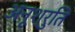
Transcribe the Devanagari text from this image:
अनूश्रुति